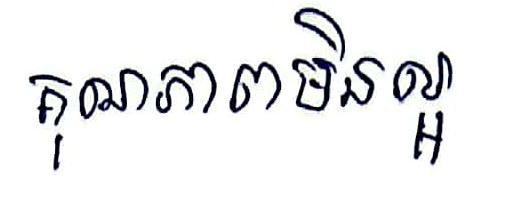
គុណភាពមិនល្អ